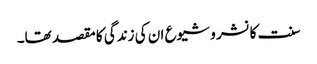
سنت کا نشر و شیوع ان کی زندگی کا مقصد تھا۔